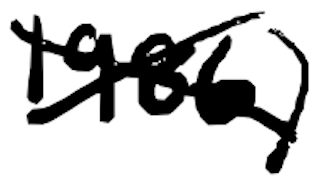
Text: 1986)
Cross-out: cross
Writing tool: digital_black